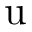
\mathrm { u }